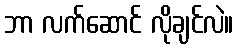
ဘာ လက်ဆောင် လိုချင်လဲ။